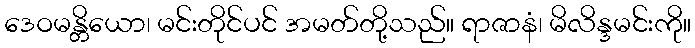
ဒေဝမန္တိယော၊ မင်းတိုင်ပင် အမတ်တို့သည်။ ရာဇာနံ၊ မိလိန္ဒမင်းကို။